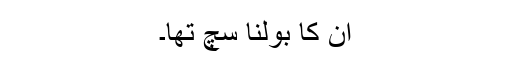
اُن کا بولنا سچ تھا۔